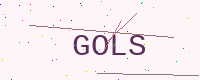
Text: GOLS